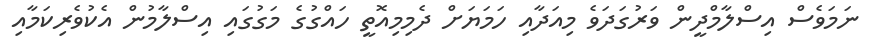
ނަމަވެސް އިސްލާމްދީން ވަރުގަދަވެ މިއަދާއި ހަމަޔަށް ދެމިމިއޮތީ ހައްގުގެ މަގުގައި އިސްލާމުން އެކުވެރިކަމާއި